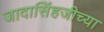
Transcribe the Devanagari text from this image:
जादासिंहजीच्या